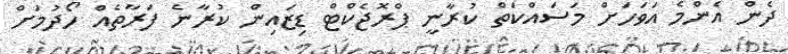
ދެން އެންމެ އަވަހަށް މަސައްކަތް ކުރާނީ ޕްރޮޖެކްޓް ޑިޒައިން ކުރާނެ ފަރާތެއް ހޯދުމަށް